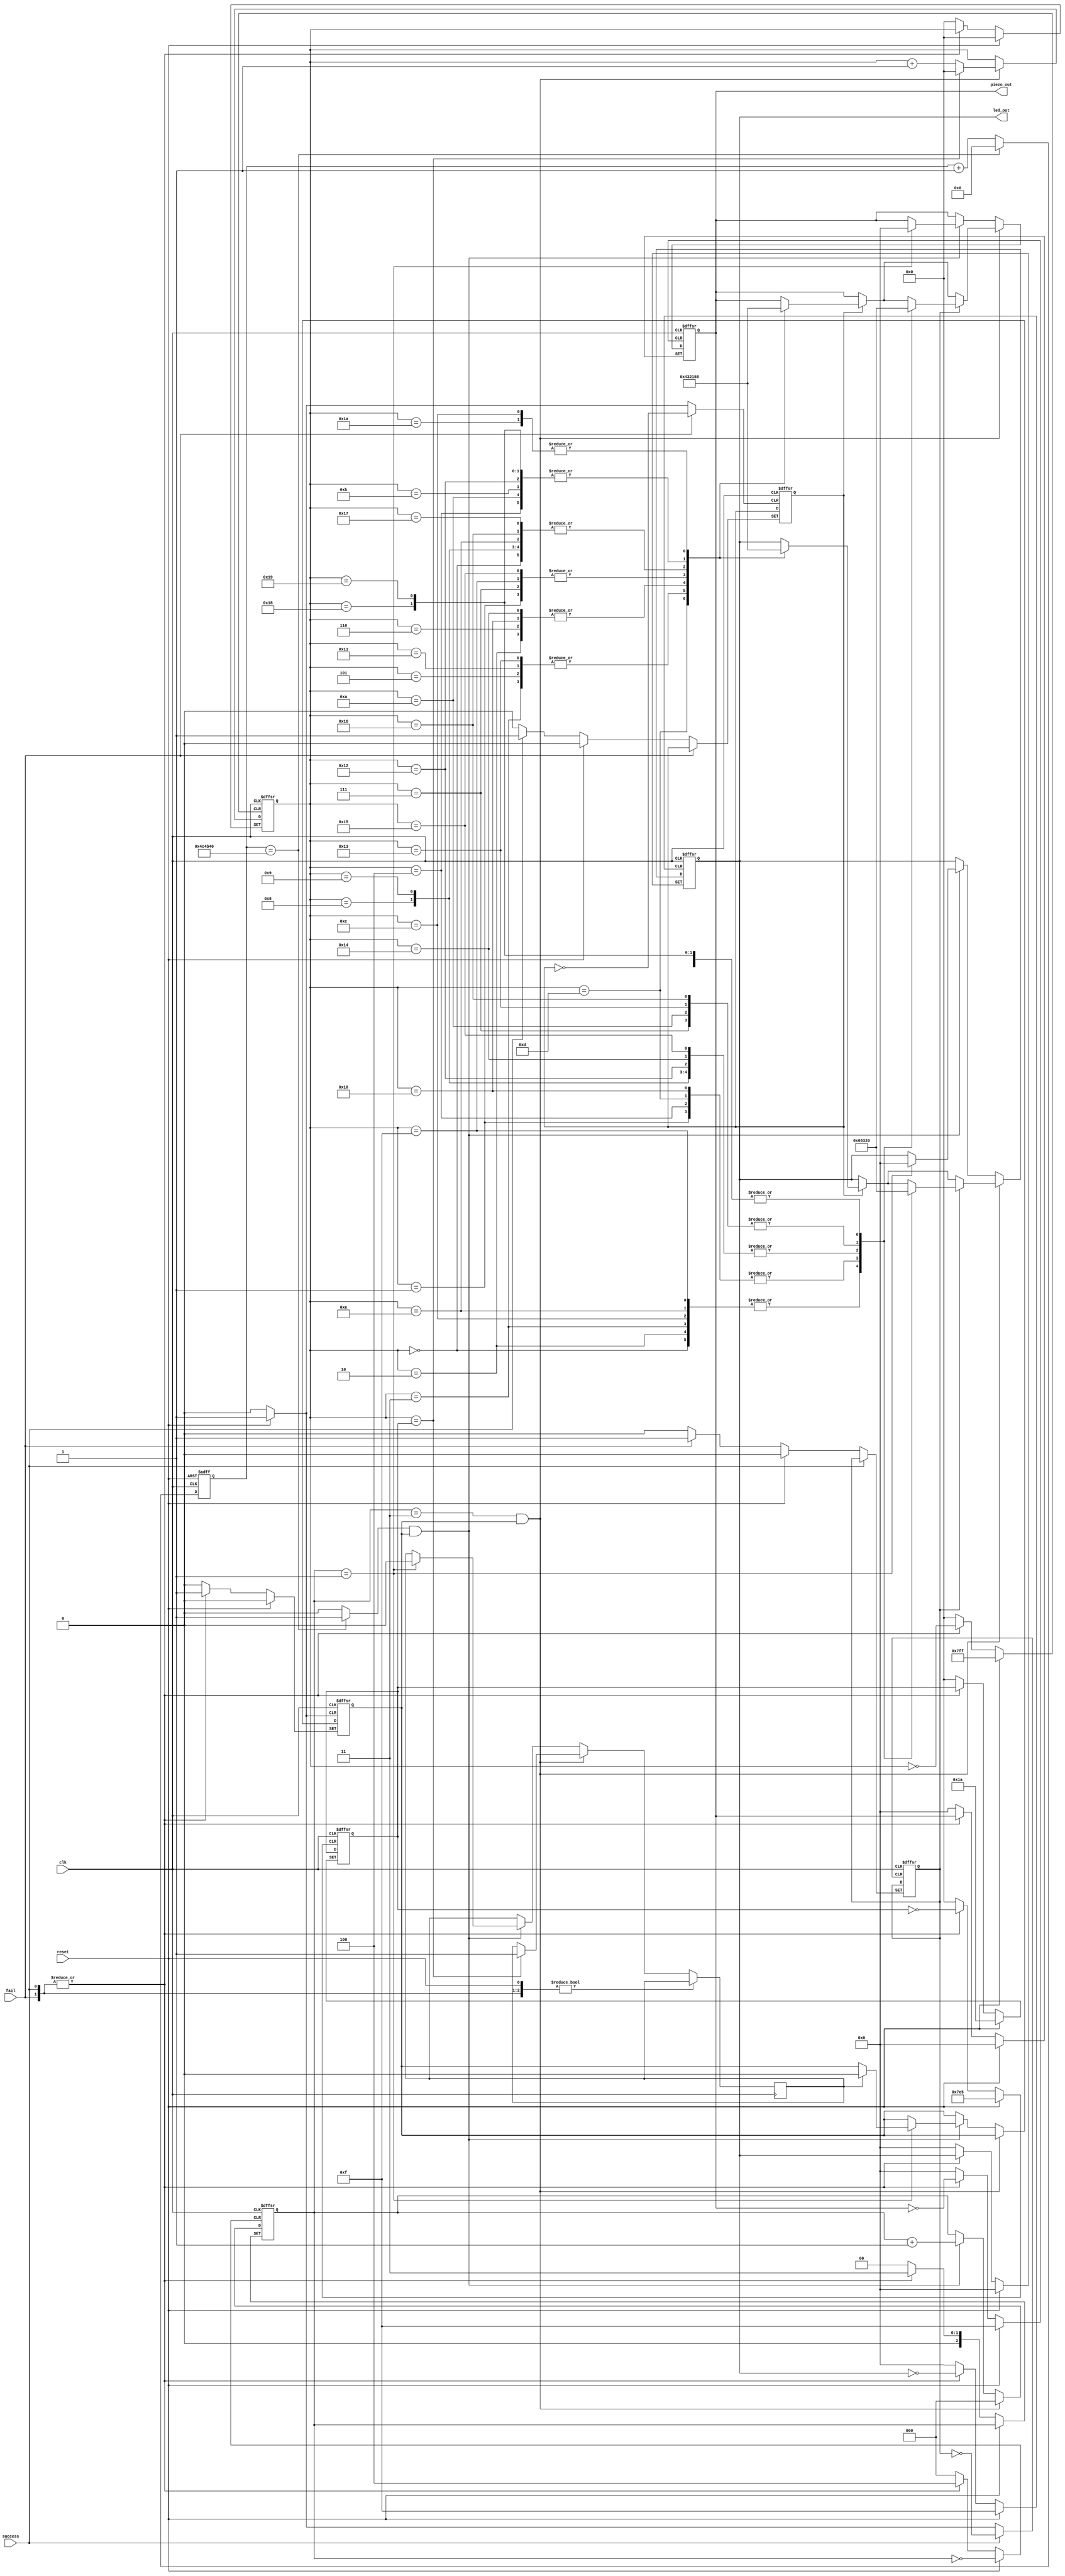
module play_ending_music_module (
    input wire clk,
    input wire reset,
    input wire success,
    input wire fail,
    output [3:0] piezo_out,
    output [3:0] led_out
);

    reg [22:0] ticker; // 23 bits needed to count up to 5M bits
    wire click;

    always @(posedge clk or posedge reset) begin
        if (reset) begin
            ticker <= 0;
        end else if (ticker == 5000000) begin
            ticker <= 0;
        end else begin
            ticker <= ticker + 1;
        end
    end


    assign click = (ticker == 5000000) ? 1'b1 : 1'b0;



    /*
        auto index  max index  ,    index 0 
        if (auto_index == last_index) {
            auto_index <= 0;
            is_music_playing <= 0;
        }
    */

    reg [10:0] last_index;    //   last index : 2 ~ 7
    reg [10:0] auto_index;       //    index
    reg [2:0] click_counter;
    reg is_music_playing;
    reg [3:0] piezo_reg;
    reg [3:0] led_reg;
    reg stop_music_flag;
    reg success_flag;
    reg fail_flag;


    always @(posedge clk or posedge reset or posedge success or posedge fail) begin

        if (reset) begin
            piezo_reg <= 0;
            led_reg <= 0;

            //  index  0 ~ last_index  , last_index  2 
            auto_index <= 0;
            last_index <= 26;

            is_music_playing <= 0;
            

            success_flag <= 0;
            fail_flag <= 0;
            
  
        // Success  Fail  flag  ,     .
        end else if (success) begin
            success_flag <= 1;
            is_music_playing <= 1;
            click_counter <= 3;

        end else if (fail) begin
            fail_flag <= 1;
            is_music_playing <= 1;
            click_counter <= 3;


        end else if ((click_counter == 3) && is_music_playing) begin
            if (success_flag) begin
                case(auto_index)
                    0 : 
                    begin
                        piezo_reg <= 1;
                        led_reg <= 1;
                    end
                    1 : 
                    begin
                        piezo_reg <= 2;
                        led_reg <= 2;
                    end
                    2 : 
                    begin
                        piezo_reg <= 3;
                        led_reg <= 3;
                    end
                    3 : 
                    begin
                        piezo_reg <= 4;
                        led_reg <= 4;
                    end
                    4 : 
                    begin
                        piezo_reg <= 5;
                        led_reg <= 5;
                    end
                    5 : 
                    begin
                        piezo_reg <= 4;
                        led_reg <= 4;
                    end
                    6 : 
                    begin
                        piezo_reg <= 3;
                        led_reg <= 3;
                    end
                    7 : 
                    begin
                        piezo_reg <= 2;
                        led_reg <= 2;
                    end
                    8 : 
                    begin
                        piezo_reg <= 1;
                        led_reg <= 1;
                    end
                    9 : 
                    begin
                        piezo_reg <= 1;
                        led_reg <= 1;
                    end
                    10 : 
                    begin
                        piezo_reg <= 5;
                        led_reg <= 5;
                    end
                    11 : 
                    begin
                        piezo_reg <= 5;
                        led_reg <= 5;
                    end
                    12 : 
                    begin
                        piezo_reg <= 8;
                        led_reg <= 8;
                    end
                    13 : 
                    begin
                        piezo_reg <= 0;
                        led_reg <= 0;
                    end
                    14 : 
                    begin
                        piezo_reg <= 1;
                        led_reg <= 1;
                    end
                    15 : 
                    begin
                        piezo_reg <= 2;
                        led_reg <= 2;
                    end
                    16 : 
                    begin
                        piezo_reg <= 3;
                        led_reg <= 3;
                    end
                    17 : 
                    begin
                        piezo_reg <= 4;
                        led_reg <= 4;
                    end
                    18 : 
                    begin
                        piezo_reg <= 5;
                        led_reg <= 5;
                    end
                    19 : 
                    begin
                        piezo_reg <= 4;
                        led_reg <= 4;
                    end
                    20 : 
                    begin
                        piezo_reg <= 3;
                        led_reg <= 3;
                    end
                    21 : 
                    begin
                        piezo_reg <= 2;
                        led_reg <= 2;
                    end
                    22 : 
                    begin
                        piezo_reg <= 1;
                        led_reg <= 1;
                    end
                    23 : 
                    begin
                        piezo_reg <= 1;
                        led_reg <= 1;
                    end
                    24 : 
                    begin
                        piezo_reg <= 5;
                        led_reg <= 5;
                    end
                    25 : 
                    begin
                        piezo_reg <= 5;
                        led_reg <= 5;
                    end
                    26 : 
                    begin
                        piezo_reg <= 8;
                        led_reg <= 8;
                    end
                endcase

            end if (fail_flag) begin
                case(auto_index)
                    0 : 
                    begin
                        piezo_reg <= 6;
                        led_reg <= 6;
                    end
                    1 : 
                    begin
                        piezo_reg <= 5;
                        led_reg <= 5;
                    end
                    2 : 
                    begin
                        piezo_reg <= 6;
                        led_reg <= 6;
                    end
                    3 : 
                    begin
                        piezo_reg <= 6;
                        led_reg <= 6;
                    end
                    4 : 
                    begin
                        piezo_reg <= 5;
                        led_reg <= 5;
                    end
                    5 : 
                    begin
                        piezo_reg <= 0;
                        led_reg <= 0;
                    end
                    6 : 
                    begin
                        piezo_reg <= 3;
                        led_reg <= 3;
                    end
                    7 : 
                    begin
                        piezo_reg <= 2;
                        led_reg <= 2;
                    end
                    8 : 
                    begin
                        piezo_reg <= 3;
                        led_reg <= 3;
                    end
                    9 : 
                    begin
                        piezo_reg <= 3;
                        led_reg <= 3;
                    end
                    10 : 
                    begin
                        piezo_reg <= 2;
                        led_reg <= 2;
                    end
                    11 : 
                    begin
                        piezo_reg <= 0;
                        led_reg <= 0;
                    end
                    12 : 
                    begin
                        piezo_reg <= 6;
                        led_reg <= 6;
                    end
                    13 : 
                    begin
                        piezo_reg <= 5;
                        led_reg <= 5;
                    end
                    14 : 
                    begin
                        piezo_reg <= 6;
                        led_reg <= 6;
                    end
                    15 : 
                    begin
                        piezo_reg <= 6;
                        led_reg <= 6;
                    end
                    16 : 
                    begin
                        piezo_reg <= 5;
                        led_reg <= 5;
                    end
                    17 : 
                    begin
                        piezo_reg <= 0;
                        led_reg <= 0;
                    end
                    18 : 
                    begin
                        piezo_reg <= 3;
                        led_reg <= 3;
                    end
                    19 : 
                    begin
                        piezo_reg <= 2;
                        led_reg <= 2;
                    end
                    20 : 
                    begin
                        piezo_reg <= 3;
                        led_reg <= 3;
                    end
                    21 : 
                    begin
                        piezo_reg <= 3;
                        led_reg <= 3;
                    end
                    22 : 
                    begin
                        piezo_reg <= 2;
                        led_reg <= 2;
                    end
                    23 : 
                    begin
                        piezo_reg <= 0;
                        led_reg <= 0;
                    end
                    24 : 
                    begin
                        piezo_reg <= 0;
                        led_reg <= 0;
                    end
                    25 : 
                    begin
                        piezo_reg <= 0;
                        led_reg <= 0;
                    end
                    26 : 
                    begin
                        piezo_reg <= 0;
                        led_reg <= 0;
                    end
                    
                endcase
            end

            click_counter <= 0;

            if (auto_index == last_index) begin
                auto_index <= 0;
                stop_music_flag <= 1;

            end else begin
                auto_index <= auto_index + 1;
            end
        
        // click_counter  3 0 1 2  , 
        // 3   , 1       .
        end else if (click && is_music_playing) begin
            click_counter <= click_counter + 1;

            if (click_counter == 1) begin
                piezo_reg <= 0;
                led_reg <= 0;
                if (stop_music_flag) begin
                    is_music_playing <= 0;
                    stop_music_flag <= 0;
                end
            end
        end
    end

    assign piezo_out = piezo_reg;
    assign led_out = led_reg;


endmodule